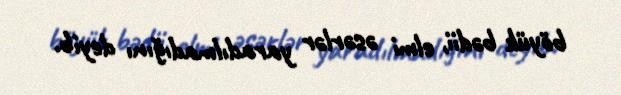
böyük bədii, elmi əsərlər yaradılmadığını deyib.